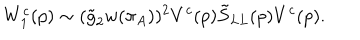
W _ { 1 } ^ { c } ( p ) \sim ( \tilde { g } _ { 2 } w ( \pi _ { A } ) ) ^ { 2 } V ^ { c } ( p ) \tilde { S } _ { L L } ( p ) V ^ { c } ( p ) .